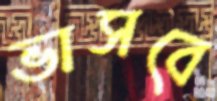
ভাসবে